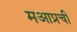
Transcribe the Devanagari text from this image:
मआप्रची